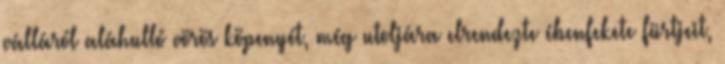
válláról aláhulló vörös köpenyét, még utoljára elrendezte ébenfekete fürtjeit,